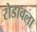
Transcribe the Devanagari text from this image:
रोडावला